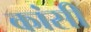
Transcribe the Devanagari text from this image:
कांसी